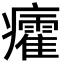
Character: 癨